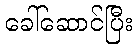
ခေါ်ဆောင်ပြီး